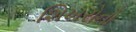
શિખરોનો